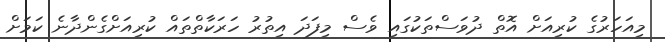
މިއަހަރުގެ ކުރިއަށް އޮތް ދުވަސްތަކުގައި ވެސް މިފަދަ އިތުރު ހަރަކާތްތައް ކުރިއަށްގެންދާނެ ކަމަށް